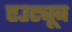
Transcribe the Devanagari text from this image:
एउट्यूब